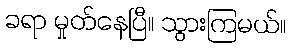
ခရာ မှုတ်နေပြီ။ သွားကြမယ်။